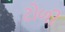
ટોળી